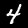
Label: 4